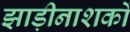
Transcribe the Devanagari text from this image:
झाड़ीनाशकों